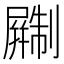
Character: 𫵨